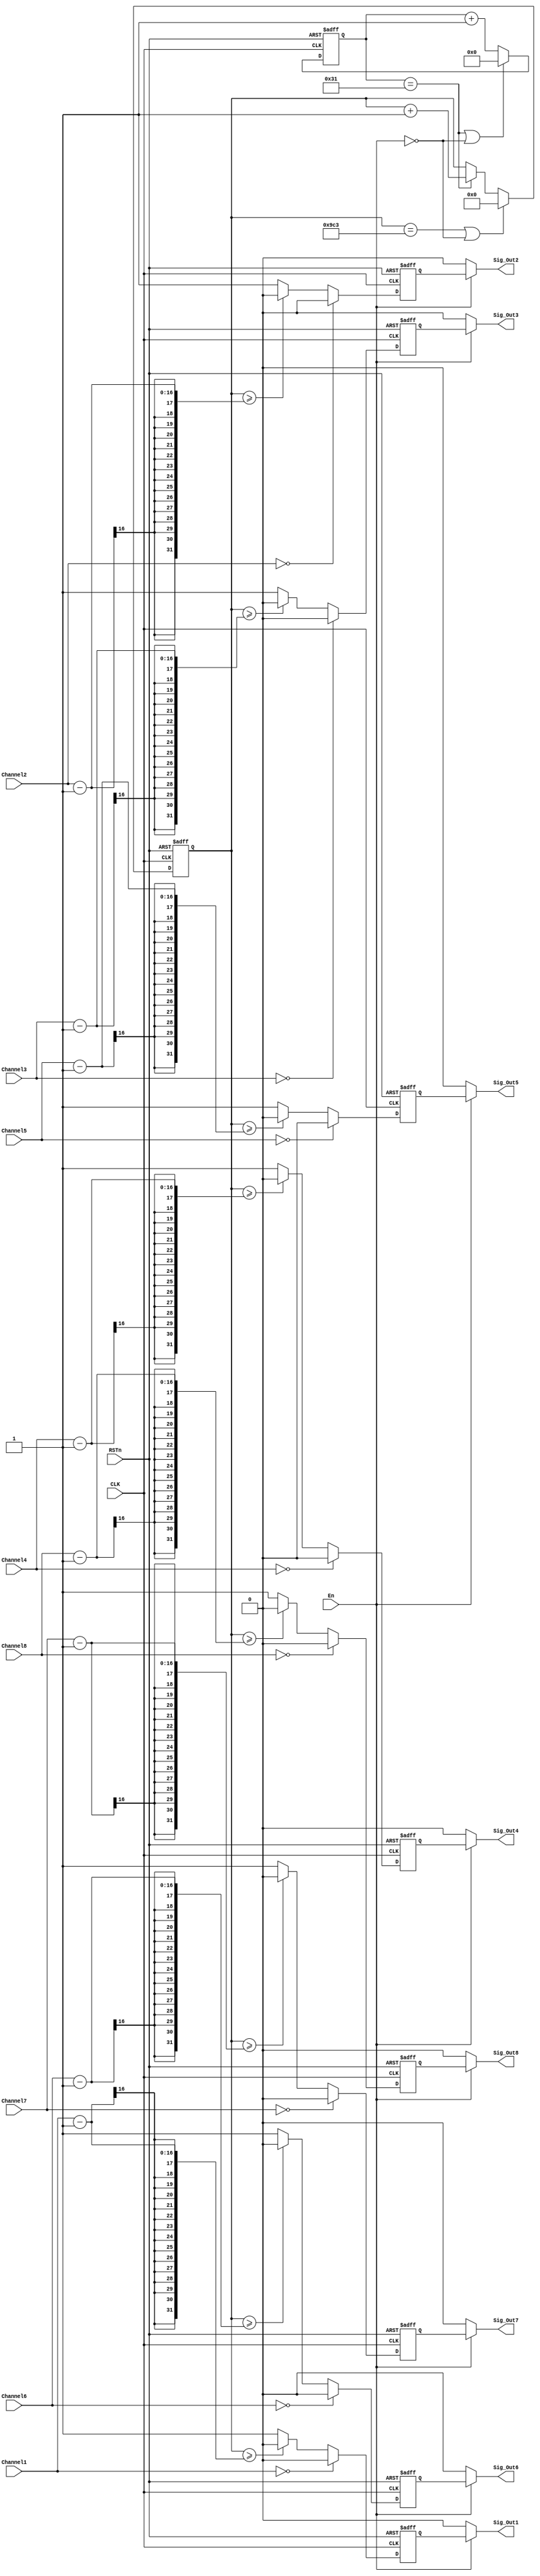
/**********************DAMMSTANGER COPYRIGHT @2016************************/	
//PWM_Gener
//
//	 dammstanger
//	 20160916
/*************************************************************************/	
module PWM_Gener (
input CLK,
input RSTn,
input En,
input [15:0]Channel1,
input [15:0]Channel2,
input [15:0]Channel3,
input [15:0]Channel4,
input [15:0]Channel5,
input [15:0]Channel6,
input [15:0]Channel7,
input [15:0]Channel8,
output Sig_Out1,
output Sig_Out2,
output Sig_Out3,
output Sig_Out4,
output Sig_Out5,
output Sig_Out6,
output Sig_Out7,
output Sig_Out8
);

parameter _1ustime = 6'd49;				//1us 50MHz 
parameter Ttime = 32'd2499;		//2.5ms PLL50MHz 

reg [7:0]rSig_Out;
reg [6:0]timecnt_1us;
reg [31:0]timecnt;

always@(posedge CLK, negedge RSTn)
	if(!RSTn)begin
		timecnt_1us = 1'b0;
	end
	else if(timecnt_1us==_1ustime||!En)
		timecnt_1us = 1'b0;
	else
		timecnt_1us = timecnt_1us + 1'b1;

always@(posedge CLK, negedge RSTn)
	if(!RSTn)begin
		timecnt = 1'b0;
	end
	else if(timecnt==Ttime||!En)
		timecnt = 1'b0;
	else if(timecnt_1us==_1ustime)
		timecnt = timecnt + 1'b1;

//============CH1======================		
always@(posedge CLK, negedge RSTn)
	if(!RSTn)begin
		rSig_Out[0] = 1'b0;
	end
	else if(Channel1==0)
		rSig_Out[0] = 1'b0;	
	else if(timecnt>=Channel1-1)
		rSig_Out[0] = 1'b0;	
	else
		rSig_Out[0] = 1'b1;	

assign Sig_Out1 = En? rSig_Out[0] : 1'b0;

//============CH2======================		
always@(posedge CLK, negedge RSTn)
	if(!RSTn)begin
		rSig_Out[1] = 1'b0;
	end
	else if(Channel2==0)
		rSig_Out[1] = 1'b0;	
	else if(timecnt>=Channel2-1)
		rSig_Out[1] = 1'b0;	
	else
		rSig_Out[1] = 1'b1;	

assign Sig_Out2 = En? rSig_Out[1] : 1'b0;

//============CH3======================		
always@(posedge CLK, negedge RSTn)
	if(!RSTn)begin
		rSig_Out[2] = 1'b0;
	end
	else if(Channel3==0)
		rSig_Out[2] = 1'b0;	
	else if(timecnt>=Channel3-1)
		rSig_Out[2] = 1'b0;	
	else
		rSig_Out[2] = 1'b1;	

assign Sig_Out3 = En? rSig_Out[2] : 1'b0;

//============CH4======================		
always@(posedge CLK, negedge RSTn)
	if(!RSTn)begin
		rSig_Out[3] = 1'b0;
	end
	else if(Channel4==0)
		rSig_Out[3] = 1'b0;	
	else if(timecnt>=Channel4-1)
		rSig_Out[3] = 1'b0;	
	else
		rSig_Out[3] = 1'b1;	

assign Sig_Out4 = En? rSig_Out[3] : 1'b0;

//============CH5======================		
always@(posedge CLK, negedge RSTn)
	if(!RSTn)begin
		rSig_Out[4] = 1'b0;
	end
	else if(Channel5==0)
		rSig_Out[4] = 1'b0;	
	else if(timecnt>=Channel5-1)
		rSig_Out[4] = 1'b0;	
	else
		rSig_Out[4] = 1'b1;	

assign Sig_Out5 = En? rSig_Out[4] : 1'b0;

//============CH6======================		
always@(posedge CLK, negedge RSTn)
	if(!RSTn)begin
		rSig_Out[5] = 1'b0;
	end
	else if(Channel6==0)
		rSig_Out[5] = 1'b0;	
	else if(timecnt>=Channel6-1)
		rSig_Out[5] = 1'b0;	
	else
		rSig_Out[5] = 1'b1;	

assign Sig_Out6 = En? rSig_Out[5] : 1'b0;

//============CH7======================		
always@(posedge CLK, negedge RSTn)
	if(!RSTn)begin
		rSig_Out[6] = 1'b0;
	end
	else if(Channel7==0)
		rSig_Out[6] = 1'b0;	
	else if(timecnt>=Channel7-1)
		rSig_Out[6] = 1'b0;	
	else
		rSig_Out[6] = 1'b1;	

assign Sig_Out7 = En? rSig_Out[6] : 1'b0;

//============CH8======================		
always@(posedge CLK, negedge RSTn)
	if(!RSTn)begin
		rSig_Out[7] = 1'b0;
	end
	else if(Channel8==0)
		rSig_Out[7] = 1'b0;	
	else if(timecnt>=Channel8-1)
		rSig_Out[7] = 1'b0;	
	else
		rSig_Out[7] = 1'b1;	

assign Sig_Out8 = En? rSig_Out[7] : 1'b0;


endmodule

/**********************END OF FILE COPYRIGHT @2016************************/